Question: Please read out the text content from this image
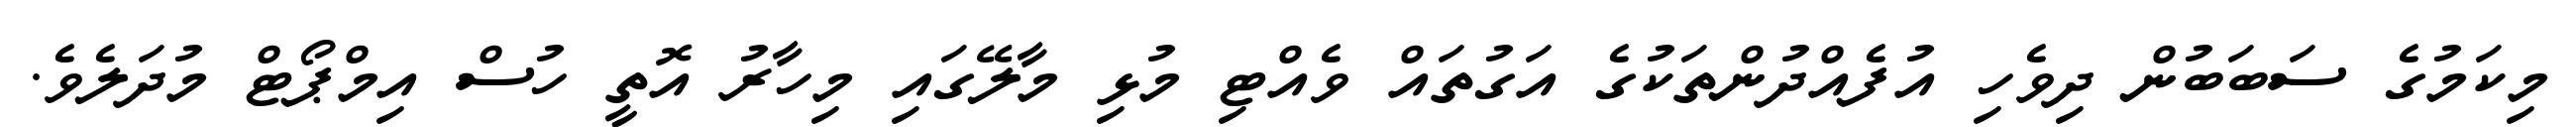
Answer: މިކަމުގެ ސަބަބުން ދިވެހި އުފެއްދުންތަކުގެ އަގުތައް ވެއްޓި މުޅި މާލޭގައި މިހާރު އޮތީ ހުސް އިމްޕޯޓް މުދަލެވެ.